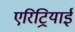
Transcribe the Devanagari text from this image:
एरिट्रियाई